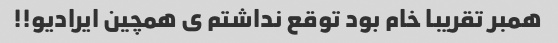
همبر تقریبا خام بود توقع نداشتم ی همچین ایرادیو!!